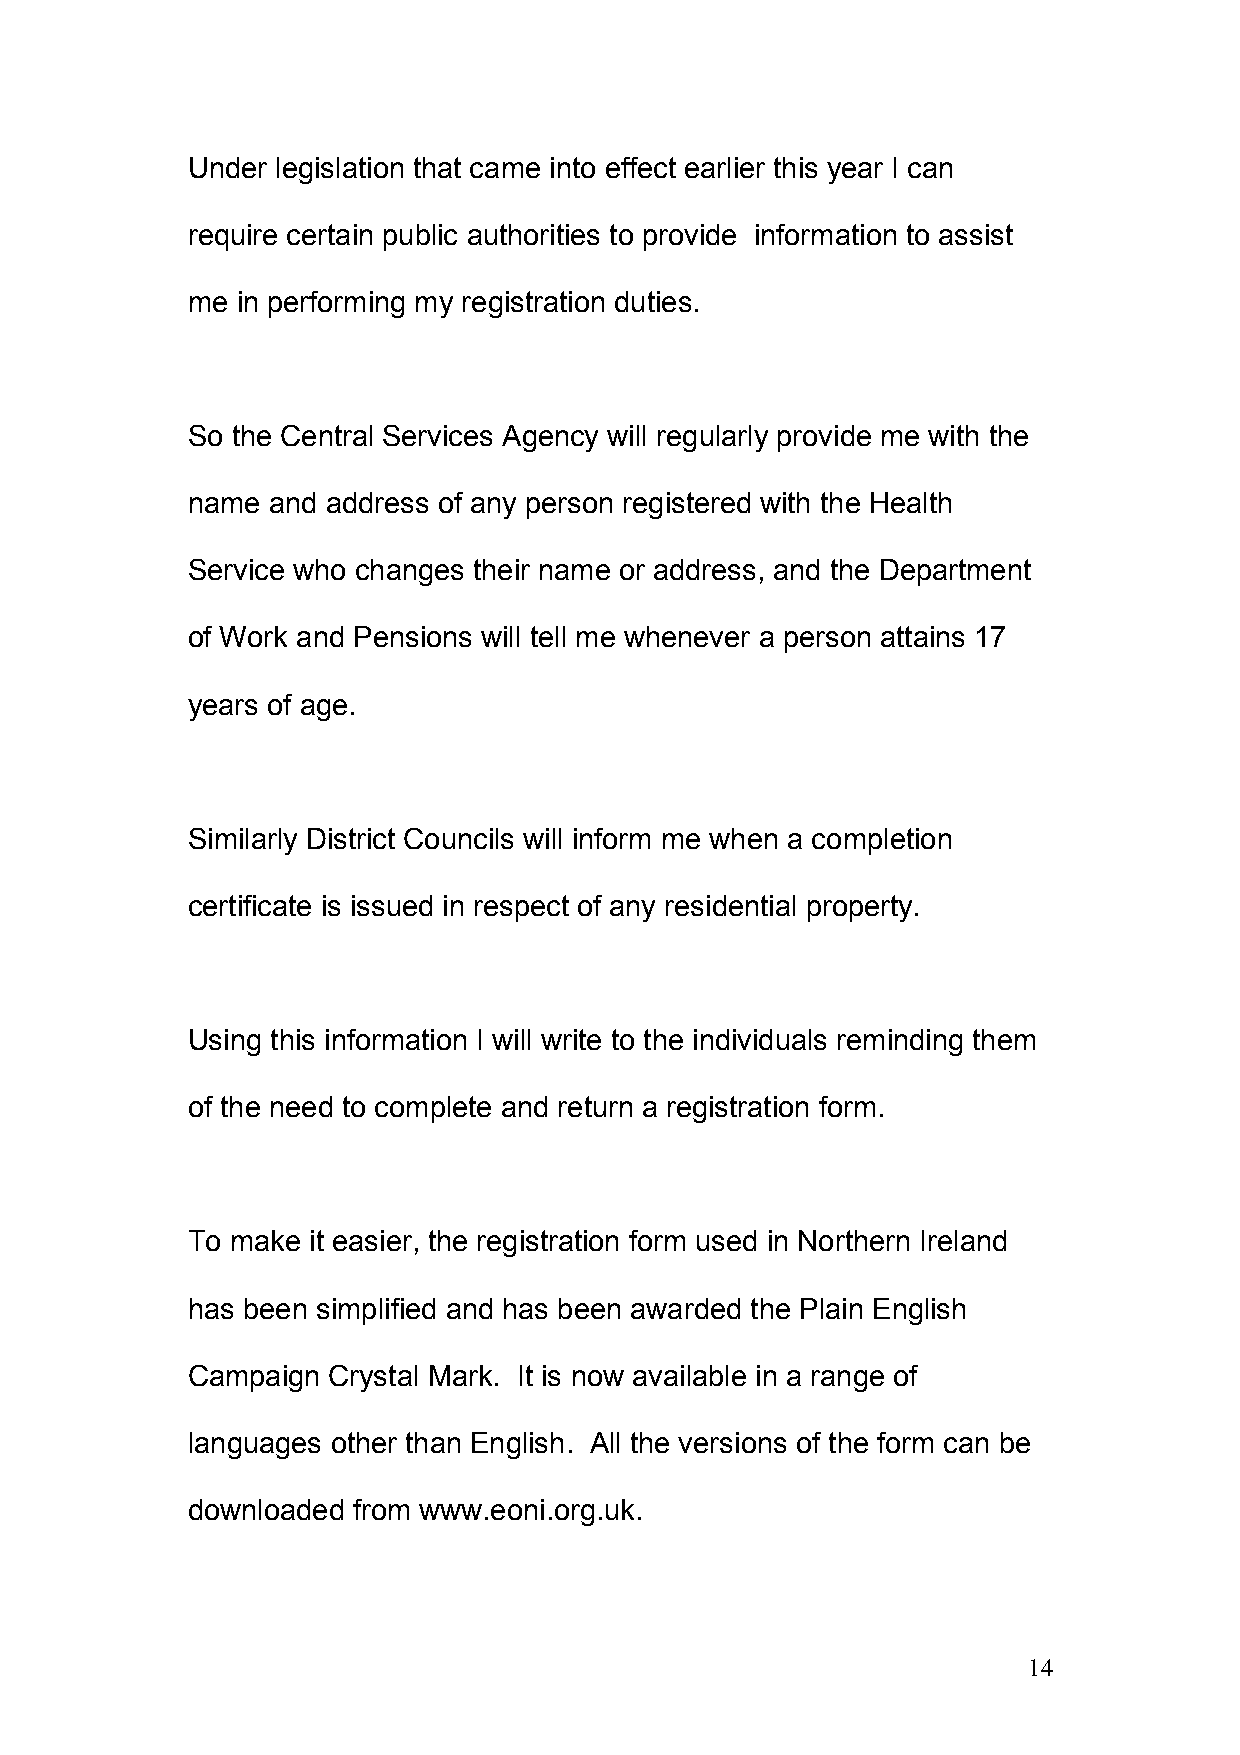
Under legislation that came into effect earlier this year I can
 require certain public authorities to provide information to assist
 me  in performing my registration duties.
 So the Central Services Agency will regularly provide me with the
 name  and address of any person registered with the Health
 Service who changes their name or address, and the Department
 of Work and Pensions will tell me whenever a person attains 17
 years of age.
 Similarly District Councils will inform me when a completion
 certificate is issued in respect of any residential property.
 Using this information I will write to the individuals reminding them
 of the need to complete and return a registration form.
 To make it easier, the registration form used in Northern Ireland
 has been simplified and has been awarded the Plain English
 Campaign  Crystal Mark. It is now available in a range of
 languages other than English. All the versions of the form can be
 downloaded from www.eoni.org.uk.
 14